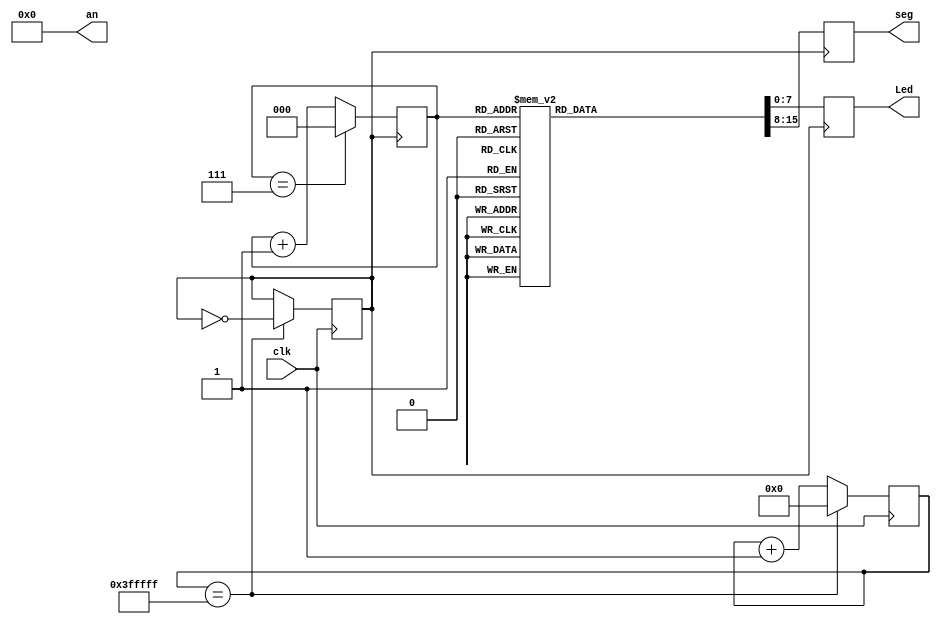
`timescale 1ns / 1ps
//////////////////////////////////////////////////////////////////////////////////
// Company: 
// Engineer: 
// 
// Design Name: 
// Module Name:    project0_demo 
// Project Name: 
// Target Devices: 
// Tool versions: 
// Description: 
//
// Dependencies: 
//
// Revision: 
// Revision 0.01 - File Created
// Additional Comments: 
//
//////////////////////////////////////////////////////////////////////////////////
module project0_demo(
    output [7:0] Led,
	 output [7:0] seg,
	 output [3:0] an,
    input clk
    );
	 
	 reg [21:0] counter = 22'b0000000000000000000000; 
	 reg divclk = 1'b0;
	 reg [2:0] caseCounter = 3'b000;
	 reg [7:0] LedReg;
	 reg [7:0] SegReg;

////clock divider////	 
	 always @(posedge clk)
		if(counter == 22'b1111111111111111111111) begin
			counter = 22'b0000000000000000000000;
			divclk = ~divclk;
		end
		
		else begin
			counter = counter + 1'b1;
		end
		
	always @(posedge divclk) 
		if(caseCounter == 3'b111) begin
			caseCounter = 3'b000;
		end
		else begin
			caseCounter = caseCounter + 1'b1;
		end
		
	always @(posedge divclk)	
   case (caseCounter)
      3'b000 : begin
						LedReg = 8'b11111110;
						SegReg = 8'b11111110;
               end
      3'b001 : begin
                  LedReg = 8'b11111101;
						SegReg = 8'b11111101;
               end
      3'b010 : begin
                  LedReg = 8'b11111011;
						SegReg = 8'b11111011;
               end
      3'b011 : begin
                  LedReg = 8'b11110111;
						SegReg = 8'b11110111;
               end
      3'b100 : begin
                  LedReg = 8'b11101111; 
						SegReg = 8'b11101111; 
               end
      3'b101 : begin
                  LedReg = 8'b11011111;
						SegReg = 8'b11011111;
               end
      3'b110 : begin
                  LedReg = 8'b10111111;
						SegReg = 8'b10111111; 
               end
      3'b111 : begin
                  LedReg = 8'b01111111;
						SegReg = 8'b01111111;
               end
      default: begin
                 
               end
   endcase
	
assign Led = LedReg;	
assign an = 4'h0;
assign seg = SegReg;

endmodule